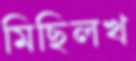
মিছিলখ